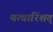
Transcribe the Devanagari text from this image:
चत्वारिंशत्